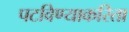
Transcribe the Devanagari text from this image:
पटविण्याकरिता